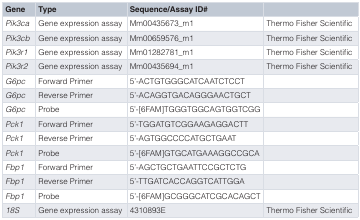
<table><thead><tr><td><b>Gene</b></td><td><b>Type</b></td><td><b>Sequence/Assay ID#</b></td><td></td></tr></thead><tbody><tr><td><i>Pik3ca</i></td><td>Gene expression assay</td><td>Mm00435673_m1</td><td>Thermo Fisher Scientific</td></tr><tr><td><i>Pik3cb</i></td><td>Gene expression assay</td><td>Mm00659576_m1</td><td>Thermo Fisher Scientific</td></tr><tr><td><i>Pik3r1</i></td><td>Gene expression assay</td><td>Mm01282781_m1</td><td>Thermo Fisher Scientific</td></tr><tr><td><i>Pik3r2</i></td><td>Gene expression assay</td><td>Mm00435694_m1</td><td>Thermo Fisher Scientific</td></tr><tr><td><i>G6pc</i></td><td>Forward Primer</td><td>5’-ACTGTGGGCATCAATCTCCT</td><td></td></tr><tr><td><i>G6pc</i></td><td>Reverse Primer</td><td>5’-ACAGGTGACAGGGAACTGCT</td><td></td></tr><tr><td><i>G6pc</i></td><td>Probe</td><td>5’-[6FAM]TGGGTGGCAGTGGTCGG</td><td></td></tr><tr><td><i>Pck1</i></td><td>Forward Primer</td><td>5’-TGGATGTCGGAAGAGGACTT</td><td></td></tr><tr><td><i>Pck1</i></td><td>Reverse Primer</td><td>5’-AGTGGCCCCATGCTGAAT</td><td></td></tr><tr><td><i>Pck1</i></td><td>Probe</td><td>5’-[6FAM]GTGCATGAAAGGCCGCA</td><td></td></tr><tr><td><i>Fbp1</i></td><td>Forward Primer</td><td>5’-AGCTGCTGAATTCCGCTCTG</td><td></td></tr><tr><td><i>Fbp1</i></td><td>Reverse Primer</td><td>5’-TTGATCACCAGGTCATTGGA</td><td></td></tr><tr><td><i>Fbp1</i></td><td>Probe</td><td>5’-[6FAM]GCGGGCATCGCACAGCT</td><td></td></tr><tr><td><i>18S</i></td><td>Gene expression assay</td><td>4310893E</td><td>Thermo Fisher Scientific</td></tr></tbody></table>